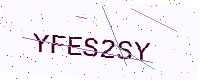
Text: YFES2SY